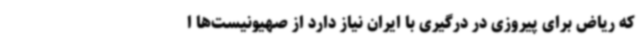
که ریاض برای پیروزی در درگیری با ایران نیاز دارد از صهیونیست‌ها ا